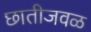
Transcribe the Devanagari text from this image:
छातीजवळ